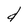
Character: d